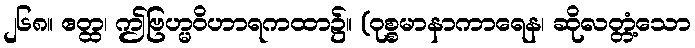
၂၆၈။ ဧတ္ထ၊ ဤဗြဟ္မဝိဟာရကထာ၌။ (ဝုစ္စမာနာကာရေန၊ ဆိုလတ္တံ့သော